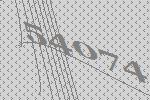
54074